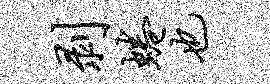
剥蜷也